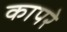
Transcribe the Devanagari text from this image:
कापरे